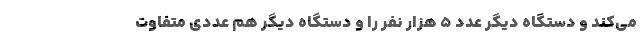
می‌کند و دستگاه دیگر عدد ۵ هزار نفر را و دستگاه دیگر هم عددی متفاوت